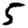
Digit: 5